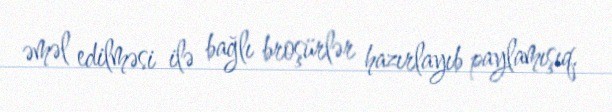
əməl edilməsi ilə bağlı broşürlər hazırlayıb paylamışıq.